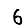
Digit: 6